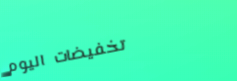
تخفيضات اليوم